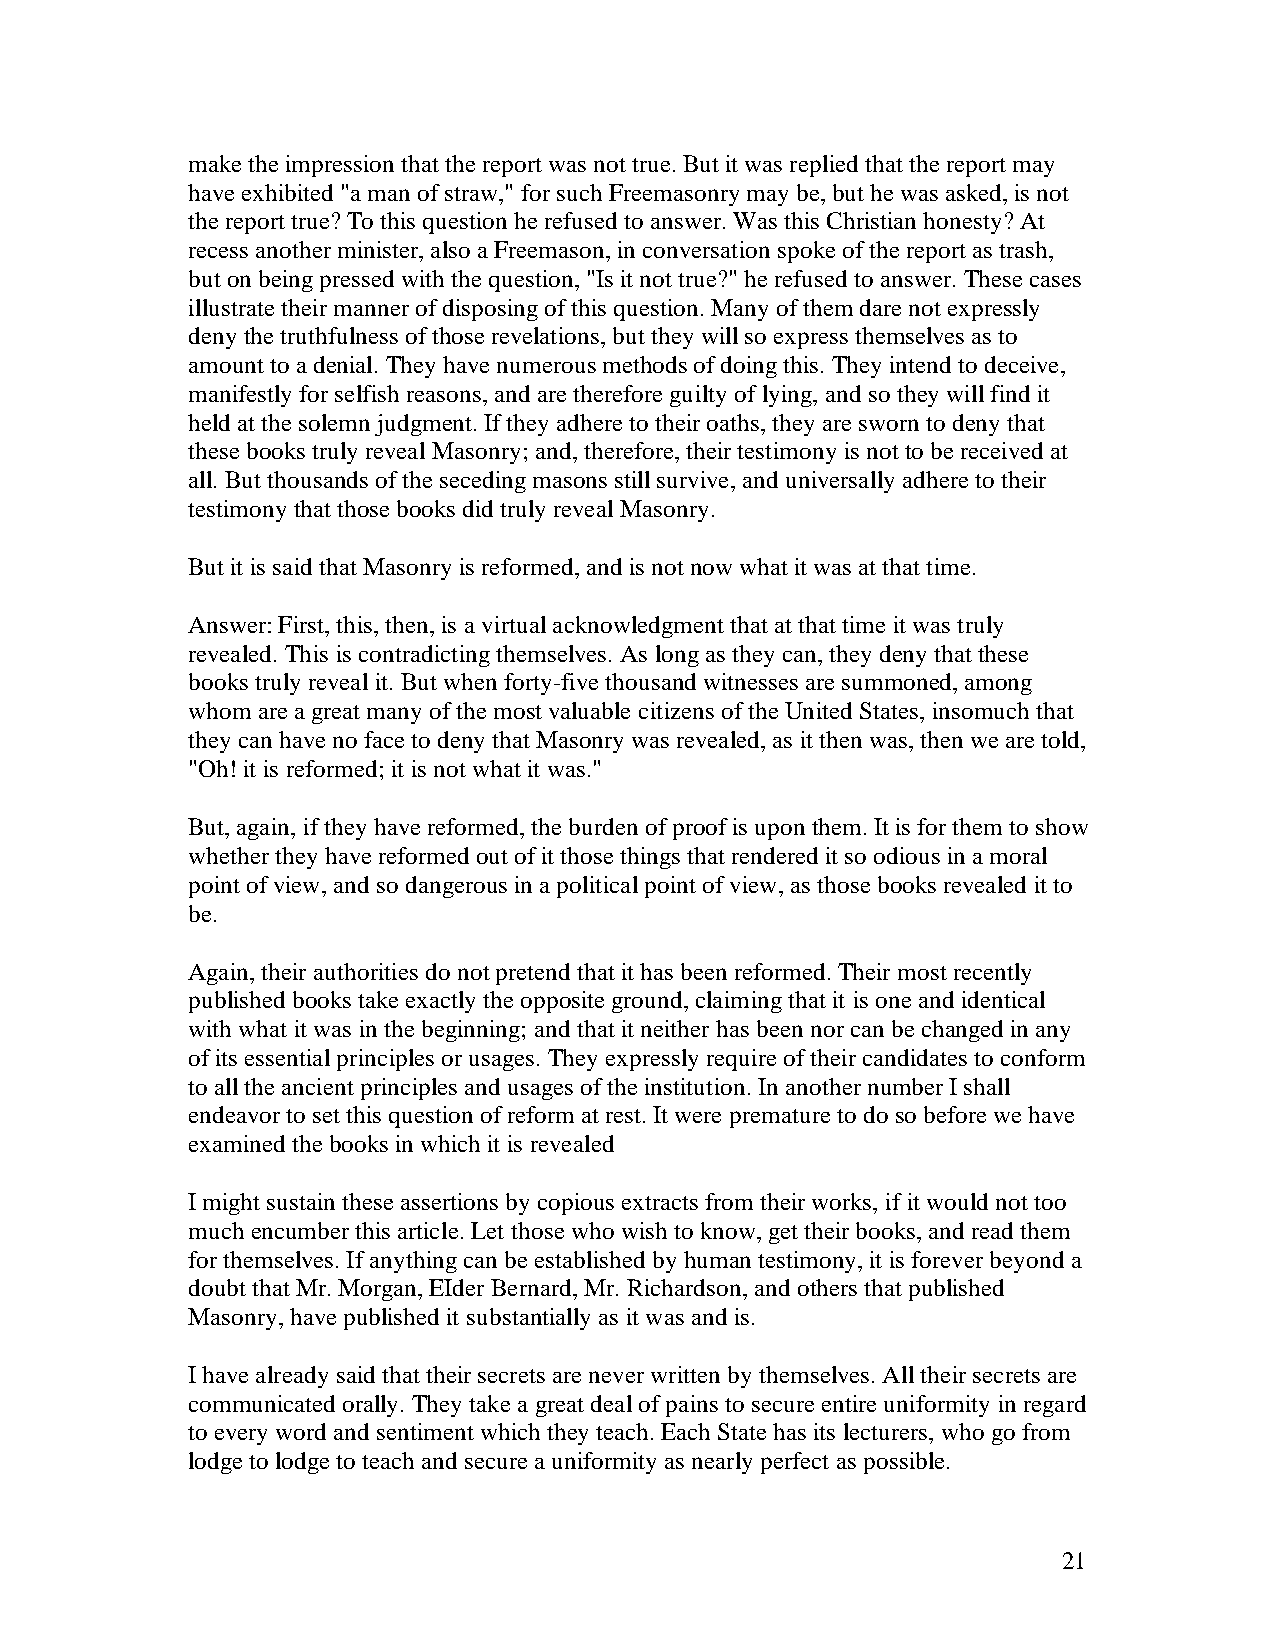
make the impression that the report was not true. But it was replied that the report may
 have exhibited "a man of straw," for such Freemasonry may be, but he was asked, is not
 the report true? To this question he refused to answer. Was this Christian honesty? At
 recess another minister, also a Freemason, in conversation spoke of the report as trash,
 but on being pressed with the question, "Is it not true?" he refused to answer. These cases
 illustrate their manner of disposing of this question. Many of them dare not expressly
 deny the truthfulness of those revelations, but they will so express themselves as to
 amount to a denial. They have numerous methods of doing this. They intend to deceive,
 manifestly for selfish reasons, and are therefore guilty of lying, and so they will find it
 held at the solemn judgment. If they adhere to their oaths, they are sworn to deny that
 these books truly reveal Masonry; and, therefore, their testimony is not to be received at
 all. But thousands of the seceding masons still survive, and universally adhere to their
 testimony that those books did truly reveal Masonry.
 But it is said that Masonry is reformed, and is not now what it was at that time.
 Answer: First, this, then, is a virtual acknowledgment that at that time it was truly
 revealed. This is contradicting themselves. As long as they can, they deny that these
 books truly reveal it. But when forty-five thousand witnesses are summoned, among
 whom are a great many of the most valuable citizens of the United States, insomuch that
 they can have no face to deny that Masonry was revealed, as it then was, then we are told,
 "Oh! it is reformed; it is not what it was."
 But, again, if they have reformed, the burden of proof is upon them. It is for them to show
 whether they have reformed out of it those things that rendered it so odious in a moral
 point of view, and so dangerous in a political point of view, as those books revealed it to
 be.
 Again, their authorities do not pretend that it has been reformed. Their most recently
 published books take exactly the opposite ground, claiming that it is one and identical
 with what it was in the beginning; and that it neither has been nor can be changed in any
 of its essential principles or usages. They expressly require of their candidates to conform
 to all the ancient principles and usages of the institution. In another number I shall
 endeavor to set this question of reform at rest. It were premature to do so before we have
 examined the books in which it is revealed
 I might sustain these assertions by copious extracts from their works, if it would not too
 much encumber this article. Let those who wish to know, get their books, and read them
 for themselves. If anything can be established by human testimony, it is forever beyond a
 doubt that Mr. Morgan, EIder Bernard, Mr. Richardson, and others that published
 Masonry, have published it substantially as it was and is.
 I have already said that their secrets are never written by themselves. All their secrets are
 communicated orally. They take a great deal of pains to secure entire uniformity in regard
 to every word and sentiment which they teach. Each State has its lecturers, who go from
 lodge to lodge to teach and secure a uniformity as nearly perfect as possible.
 21